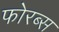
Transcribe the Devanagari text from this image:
फोरब्स